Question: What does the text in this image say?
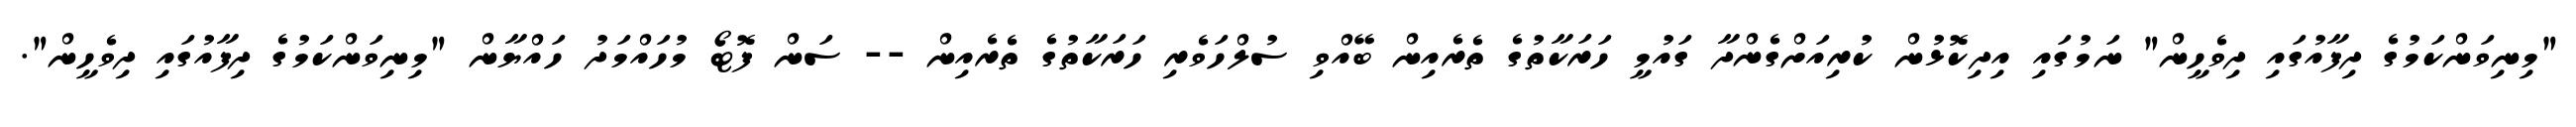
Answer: "މިނިވަންކަމުގެ ދިފާއުގައި ދިވެހީން" ނަމުގައި އިދިކޮޅުން ކުރިއަށްގެންދާ ގައުމީ ހަރަކާތުގެ ތެރެއިން ބޭއްވި ސުލްހަވެރި ހަރަކާތުގެ ތެރެއިން -- ސަން ފޮޓޯ މުހައްމަދު ހައްޔާން "މިނިވަންކަމުގެ ދިފާއުގައި ދިވެހީން".